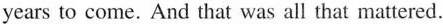
years to come.And that was all that matttered